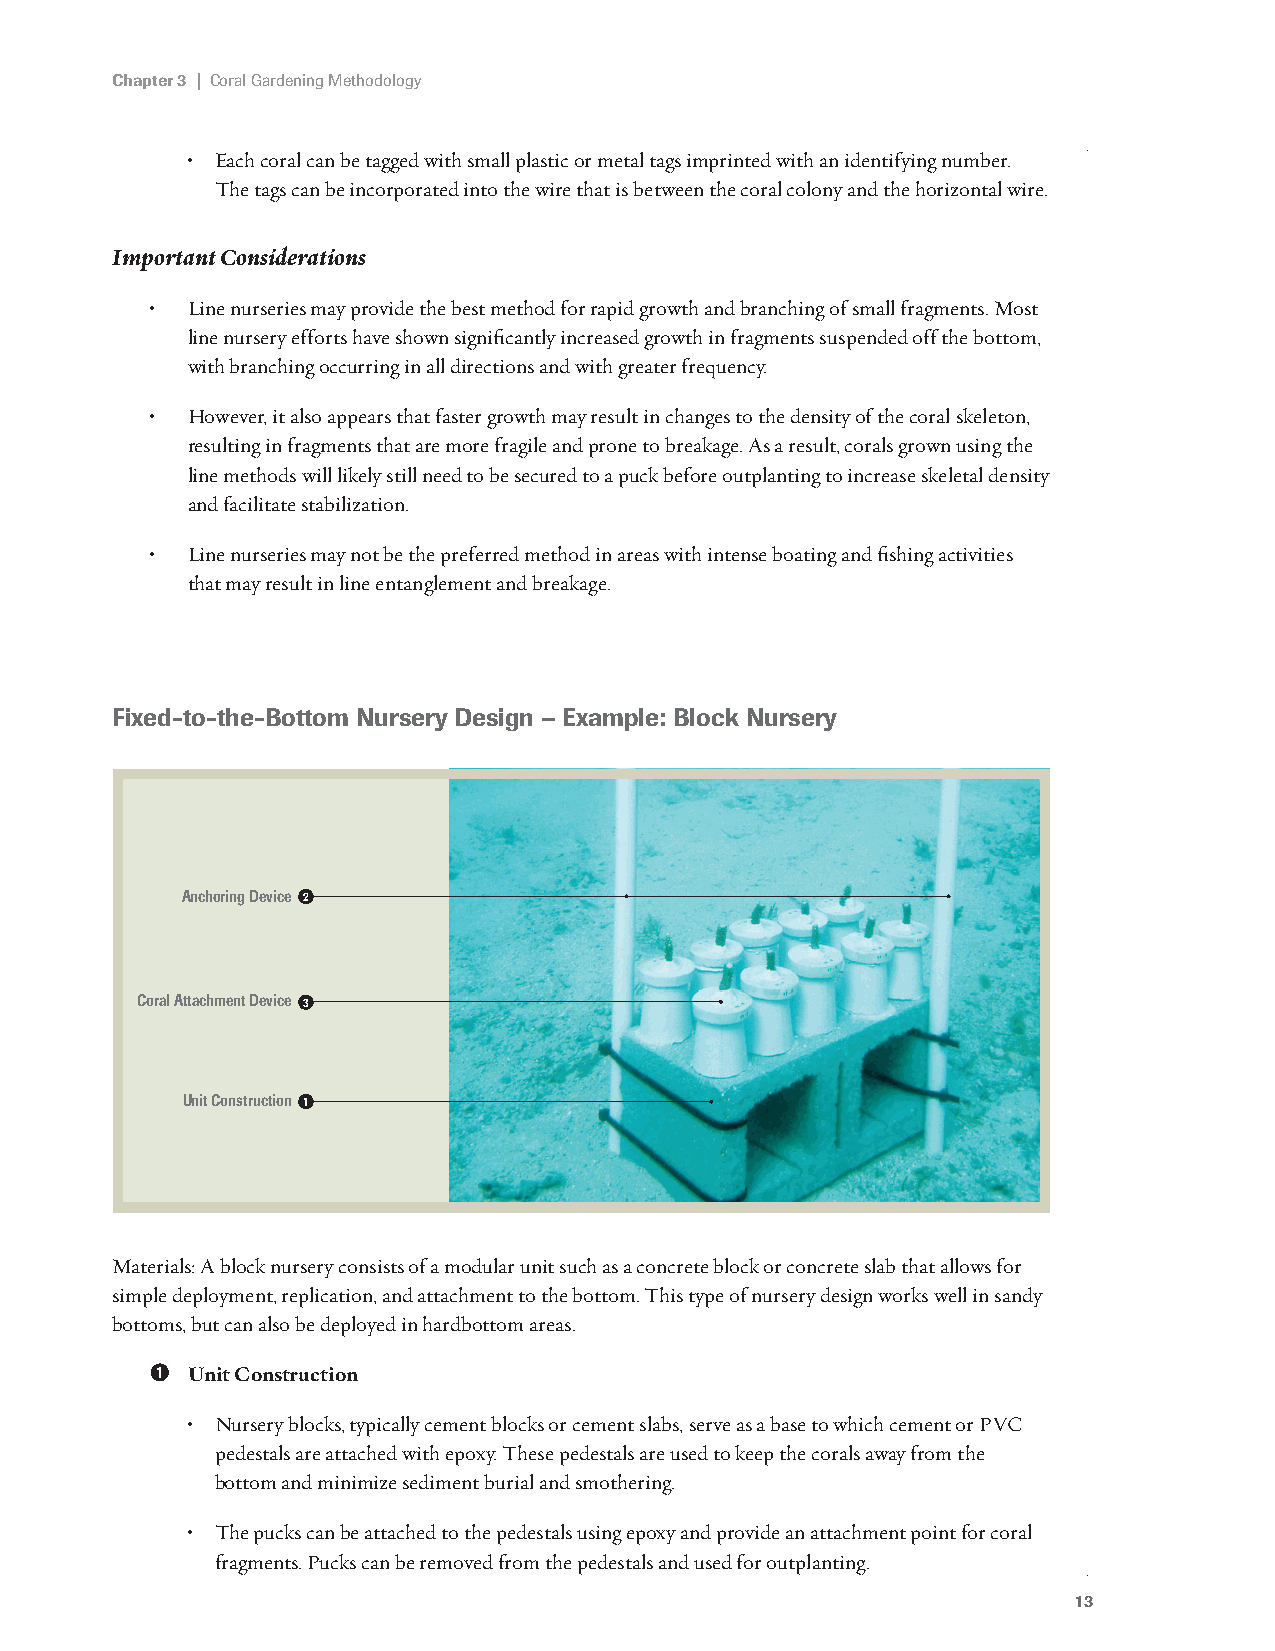
Chapter 3 | Coral Gardening Methodology
 • Each coral can be tagged with small plastic or metal tags imprinted with an identifying number.
 The tags can be incorporated into the wire that is between the coral colony and the horizontal wire.
 Important Considerations
 • Line nurseries may provide the best method for rapid growth and branching of small fragments. Most
 line nursery efforts have shown significantly increased growth in fragments suspended off the bottom,
 with branching occurring in all directions and with greater frequency.
 • However, it also appears that faster growth may result in changes to the density of the coral skeleton,
 resulting in fragments that are more fragile and prone to breakage. As a result, corals grown using the
 line methods will likely still need to be secured to a puck before outplanting to increase skeletal density
 and facilitate stabilization.
 • Line nurseries may not be the preferred method in areas with intense boating and fishing activities
 that may result in line entanglement and breakage.
 Fixed-to-the-Bottom Nursery Design – Example: Block Nursery
 Anchoring Device 2
 Coral Attachment Device 3
 Unit Construction 1
 Materials: A block nursery consists of a modular unit such as a concrete block or concrete slab that allows for
 simple deployment, replication, and attachment to the bottom. This type of nursery design works well in sandy
 bottoms, but can also be deployed in hardbottom areas.
 ➊ Unit Construction
 • Nursery blocks, typically cement blocks or cement slabs, serve as a base to which cement or PVC
 pedestals are attached with epoxy. These pedestals are used to keep the corals away from the
 bottom and minimize sediment burial and smothering.
 • The pucks can be attached to the pedestals using epoxy and provide an attachment point for coral
 fragments. Pucks can be removed from the pedestals and used for outplanting.
 13